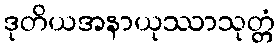
ဒုတိယအနာယုဿာသုတ္တံ